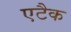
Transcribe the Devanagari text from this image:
एटैक